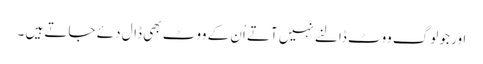
اور جو لوگ ووٹ ڈالنے نہیں آتے اُن کے ووٹ بھی ڈال دئے جاتے ہیں ۔